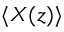
\langle X ( z ) \rangle